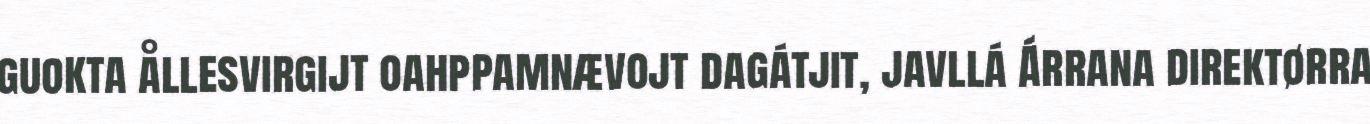
guokta ållesvirgijt oahppamnævojt dagátjit, javllá Árrana direktørra